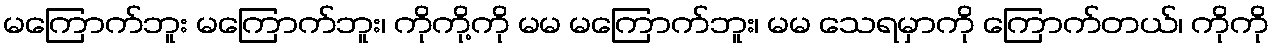
မကြောက်ဘူး မကြောက်ဘူး၊ ကိုကို့ကို မမ မကြောက်ဘူး၊ မမ သေရမှာကို ကြောက်တယ်၊ ကိုကို